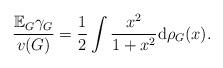
LaTeX: \begin{align*}\frac{\mathbb E_G\gamma_G}{v(G)} =\frac12\int\frac{x^2}{1+x^2}\mathrm d\rho_G(x).\end{align*}